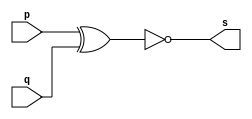
// ------------------------- 
// Exemplo0008 - XNOR
// Nome: Thauan Velasco 
// ------------------------- 
// --------------------- 
// -- xnor gate 
// --------------------- 
	module xnorgate (output s, input p, input q); 
	assign s = ~(p ^ q); 
	endmodule // xnor
// --------------------- 
// -- test xnorgate 
// --------------------- 
	module testxnorgate; 
// ------------------------- dados locais 
	reg a,b; // definir registrador 
	wire s; // definir conexao (fio) 
// ------------------------- instancia 
	xnorgate XNOR1 (s, a, b); 
// ------------------------- preparacao 
	initial begin:start 
	a=0;
	b=0;

end 

// ------------------------- parte principal 
	initial begin:main 
	$display("Exemplo0008 - Thauan Velasco - 439995"); 
	$display("Test xnor gate"); 
	$display("\n (a ^ b)' = s\n"); 
	$monitor("%b ^ %b = %b", a, b, s); 
	#1 a=0; b=0; 
	#1 a=0; b=1; 
	#1 a=1; b=0; 
	#1 a=1; b=1; 

end 

endmodule // testnorgate